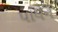
પાલન